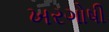
ખરગોષી